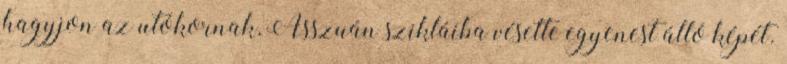
hagyjon az utókornak, Asszuán szikláiba vésette egyenest álló képét.